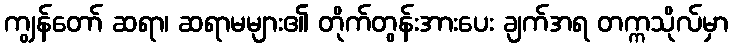
ကျွန်တော် ဆရာ၊ ဆရာမများ၏ တိုက်တွန်းအားပေး ချက်အရ တက္ကသိုလ်မှာ